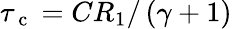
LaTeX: \tau_{\mathrm{~c~}}=CR_{1}/\left(\gamma+1\right)